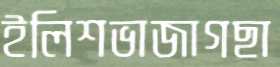
ইলিশভাজাগছা